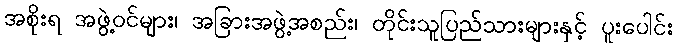
အစိုးရ အဖွဲ့ဝင်များ၊ အခြားအဖွဲ့အစည်း၊ တိုင်းသူပြည်သားများနှင့် ပူးပေါင်း